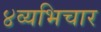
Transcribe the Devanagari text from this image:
४व्यभिचार